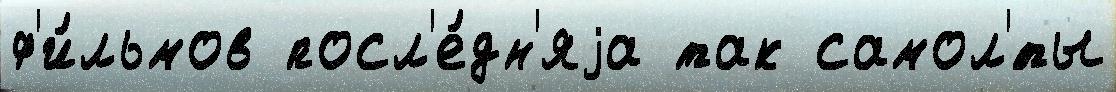
ф'и́льмов посл'е́дн'яjа так самол'́ты